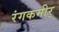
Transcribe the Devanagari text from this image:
रंगकमीर्